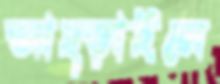
আছ্‌ড়াইলে